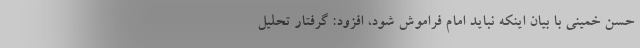
حسن خمینی با بیان اینکه نباید امام فراموش شود، افزود: گرفتار تحلیل